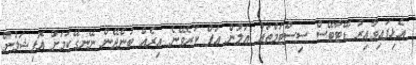
އެޅިފައިވާއިރު ޑޭޓާބޭސް ސިސްޓަމްތައް އަލުން އަޕް ކުރެވޭނެ އިރެއް ބުނެދޭން ނޭނގޭކަމަށް އޮފިޝަލުން